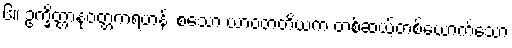
၆။ ဥက္ခိတ္တာနုဝတ္တကရဟန်း စသော ယာဝတတိယက တစ်ဆယ့်တစ်ယောက်သော